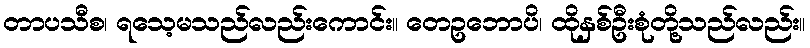
တာပသီစ၊ ရသေ့မသည်လည်းကောင်း။ တေဥဘောပိ၊ ထိုနှစ်ဦးစုံတို့သည်လည်း။